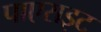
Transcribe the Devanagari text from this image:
पाएराइट